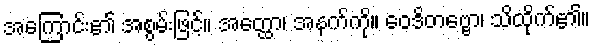
အကြောင်း၏ အစွမ်းဖြင့်။ အတ္ထော၊ အနက်ကို။ ဝေဒိတဗ္ဗော၊ သိထိုက်၏။